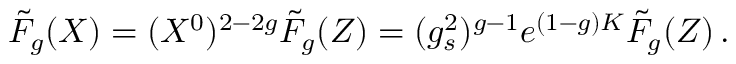
\tilde { F } _ { g } ( X ) = ( X ^ { 0 } ) ^ { 2 - 2 g } \tilde { F } _ { g } ( Z ) = ( g _ { s } ^ { 2 } ) ^ { g - 1 } e ^ { ( 1 - g ) K } \tilde { F } _ { g } ( Z ) \, .